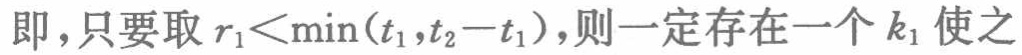
即，只要取 \(r_{1}<\min(t_{1},t_{2}-t_{1})\)，则一定存在一个 \(k_{1}\) 使之